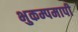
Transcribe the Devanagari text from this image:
भुकम्पमापी